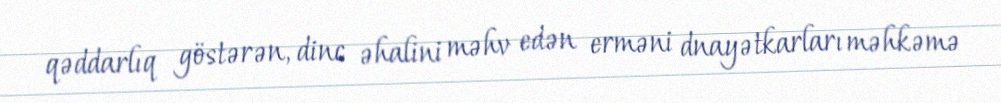
qəddarlıq göstərən, dinc əhalini məhv edən erməni dnayətkarları məhkəmə